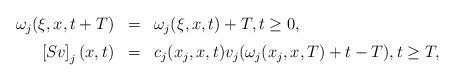
LaTeX: \begin{align*}\begin{array}{rcl}\omega_j(\xi,x,t+T)&=&\omega_j(\xi,x,t)+T,t\ge 0,\\ [2mm]\left[Sv\right]_j(x,t)&=&c_j(x_j,x,t)v_j(\omega_j(x_j,x,T)+t-T),t\ge T,\end{array}\end{align*}